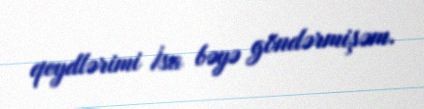
qeydlərimi İsa bəyə göndərmişəm.